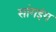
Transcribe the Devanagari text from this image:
सांगइंग